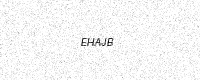
Text: EHAJB